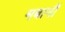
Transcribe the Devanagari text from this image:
मबानी